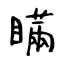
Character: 瞞